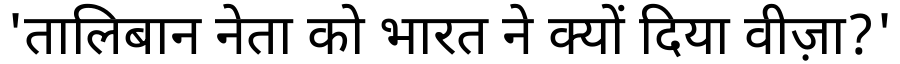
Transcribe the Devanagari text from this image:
'तालिबान नेता को भारत ने क्यों दिया वीज़ा?'